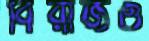
বিরাজও